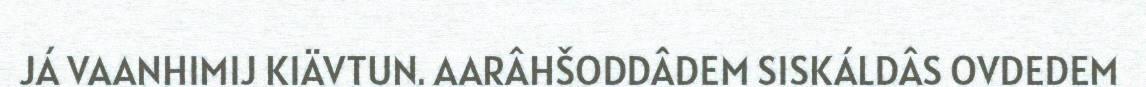
JÁ VAANHIMIJ KIÄVTUN. AARÂHŠODDÂDEM SISKÁLDÂS OVDEDEM